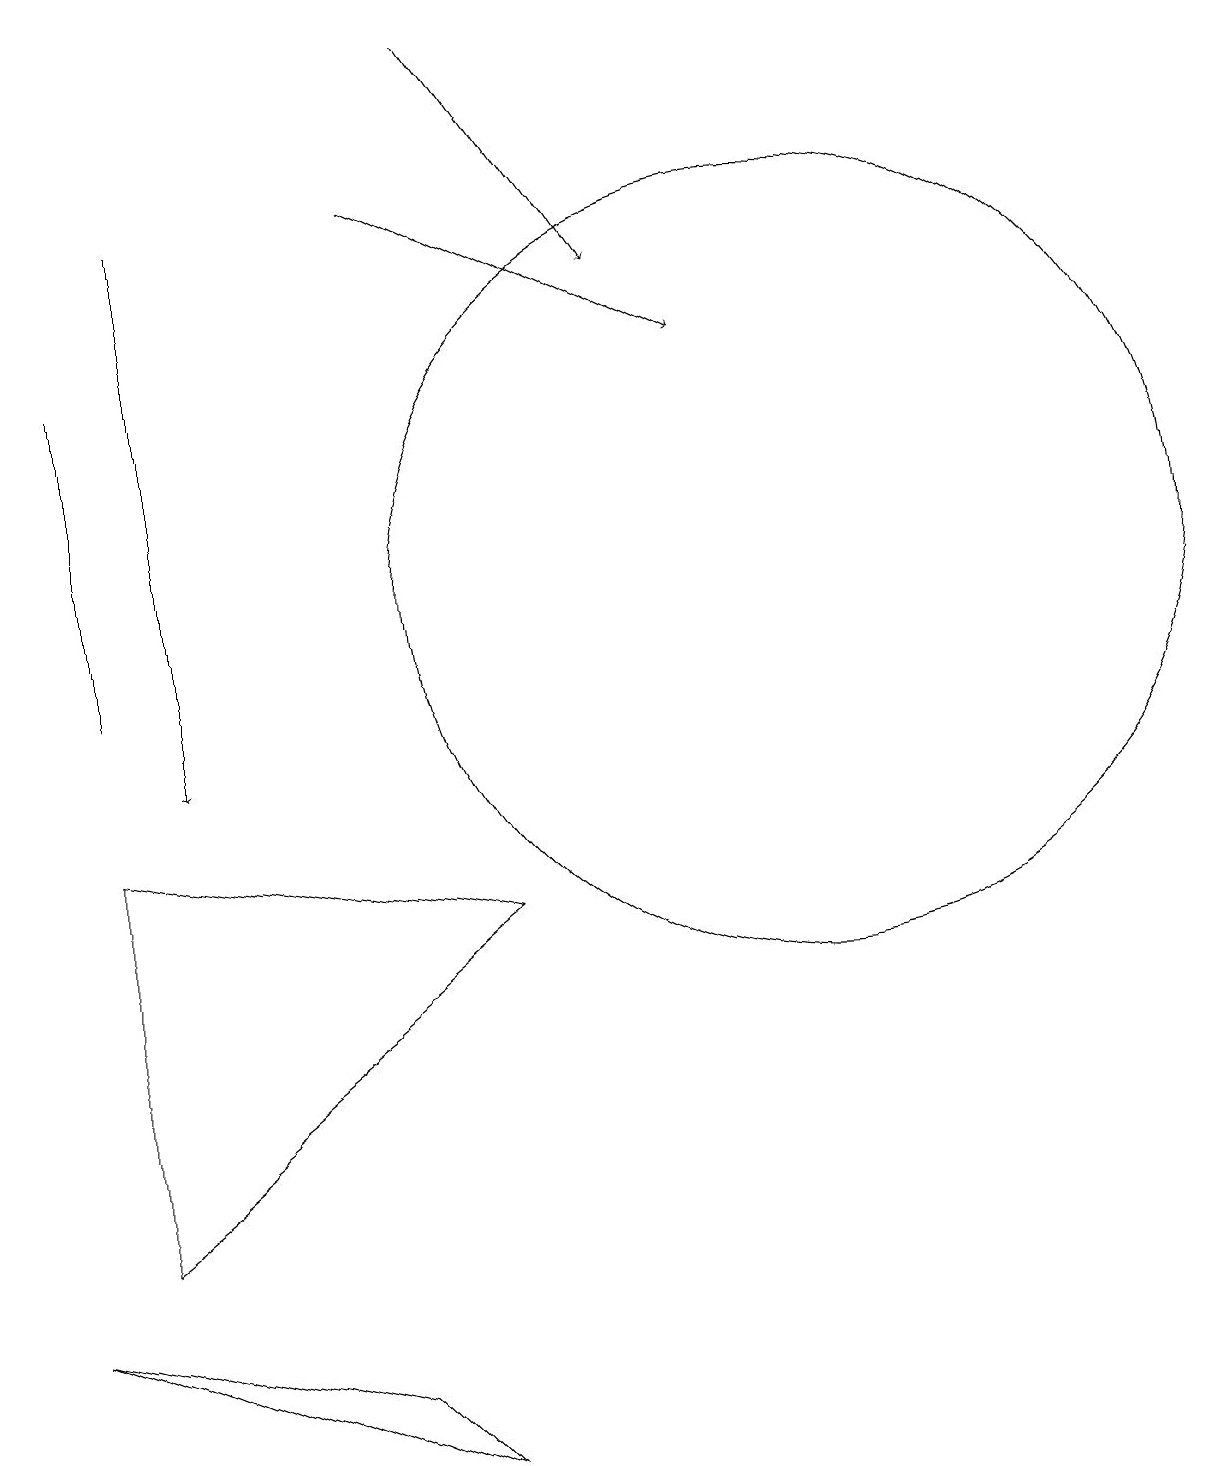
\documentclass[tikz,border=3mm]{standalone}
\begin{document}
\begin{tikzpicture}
\draw (1,4) -- (6,8) -- (1,9) -- cycle;
\draw[->] (2,17) -- (2,10);
\draw (1,11) rectangle (1,15);
\draw[->] (6,19) -- (8,16);
\draw (5,1) -- (0,3) -- (4,2) -- cycle;
\draw[->] (5,17) -- (9,15);
\draw (10,12) circle (5);
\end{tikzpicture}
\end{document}